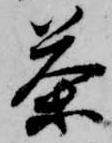
茶